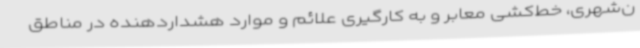
ن‌شهری، خط‌کشی معابر و به کارگیری علائم و موارد هشداردهنده در مناطق